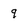
Character: q